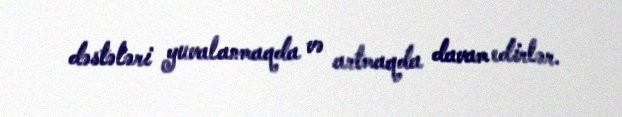
dəstələri yuvalanmaqda və artmaqda davam edirlər.